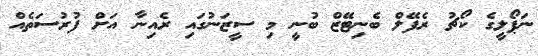
ނަޕޯލީގެ ކޯޗު ރެފޭލް ބެނިޓޭޒް ބުނީ މި ސީޒަނުގައި ރެއިނާ އަށް ފުރުސަތެއް